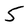
Character: 5